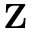
\mathbf { Z }